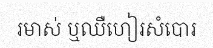
រមាស់ ឬឈឺហៀរសំបោរ